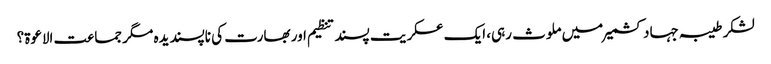
لشکر طیبہ جہاد کشمیر میں ملوث رہی، ایک عسکریت پسند تنظیم اور بھارت کی ناپسندیدہ مگر جماعت الاعوۃ؟